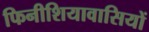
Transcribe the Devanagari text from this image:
फिनीशियावासियों